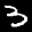
Label: 3